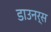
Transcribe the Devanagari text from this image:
डाउनर्स